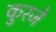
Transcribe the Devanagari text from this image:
कुरजे